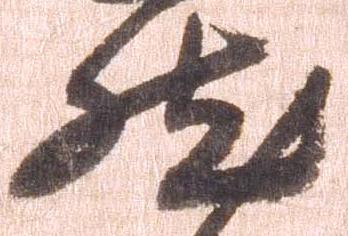
然